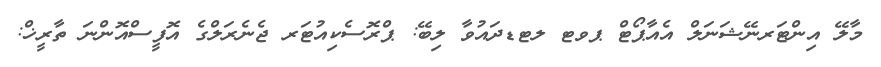
މާލޭ އިންޓަރނޭޝަނަލް އެއާޕޯޓް ޕވޓ ލޓޑދައުވާ ލިބޭ: ޕްރޮސެކިއުޓަރ ޖެނެރަލްގެ އޮފީސްއޮންނަ ތާރީޚް: